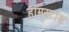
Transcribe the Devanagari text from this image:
हामस्टाड